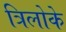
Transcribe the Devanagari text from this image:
त्रिलोके